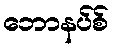
ဘောနပ်စ်